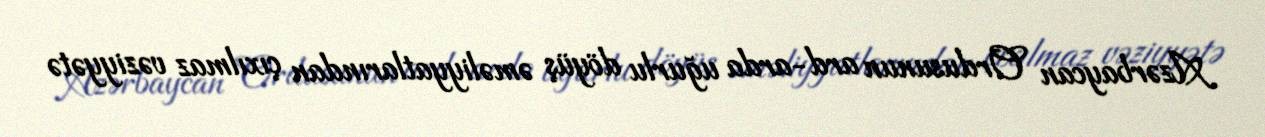
Azərbaycan Ordusunun ard-arda uğurlu döyüş əməliyyatlarından çıxılmaz vəziyyətə